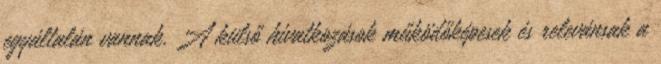
egyáltalán vannak. A külső hivatkozások működőképesek és relevánsak a